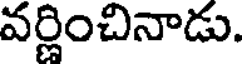
వర్ణించినాడు.